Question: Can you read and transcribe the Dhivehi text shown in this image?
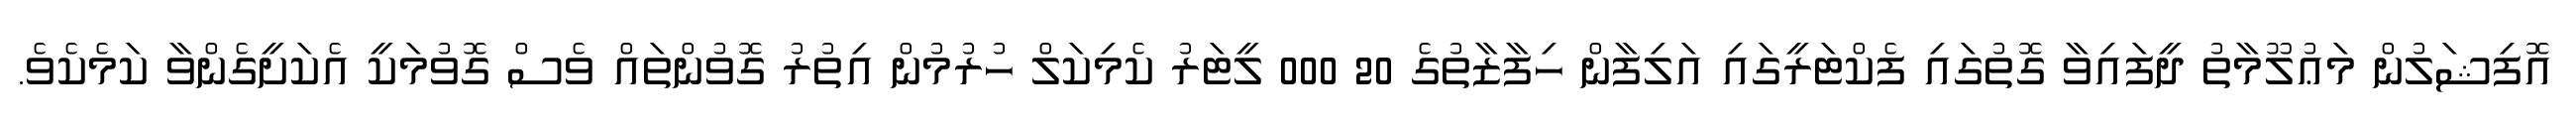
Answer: އޮފިޝަލުން މަޢުލޫމާތު ދީފައިވާ ގޮތުގައި ފެކްޓަރީގައި އަލިފާން ހިފާޒާތުގެ 20 000 ލީޓަރު ކެމިކަލް ހުރުމުން އިތުރު ގޮވުންތައް ވެސް ގޮވުމަކީ އެކަށީގެންވާ ކަމެކެވެ.